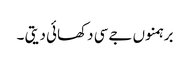
برہمنوں جےسی دکھائی دیتی ۔